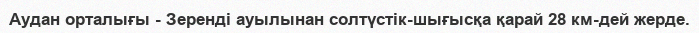
Аудан орталығы - Зеренді ауылынан солтүстік-шығысқа қарай 28 км-дей жерде.